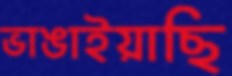
ভাঙাইয়াছি